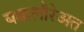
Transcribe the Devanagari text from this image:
बक्कलौरेअत